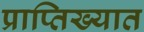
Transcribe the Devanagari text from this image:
प्राप्तिख्यात